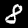
Digit: 8